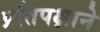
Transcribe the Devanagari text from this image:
प्रतिपक्षाने